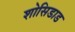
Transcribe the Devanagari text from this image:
शोसिडाड